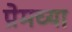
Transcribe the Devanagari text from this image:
प्रेमच्या